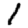
Digit: 1